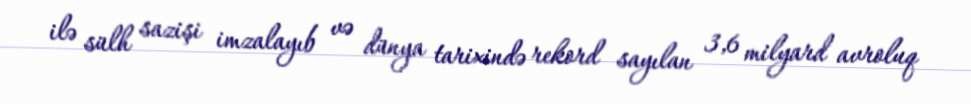
ilə sülh sazişi imzalayıb və dünya tarixində rekord sayılan 3,6 milyard avroluq